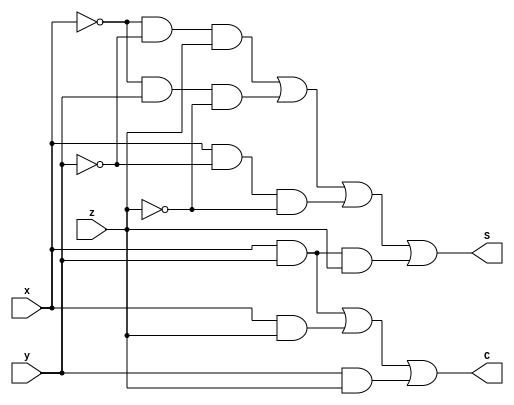
/*      Verilog   */

module Fulladder2(x, y, z, S, C);
	input	x, y, z;
	output	S, C;

	assign	S = (~x&~y&z)|(~x&y&~z)|(x&~y&~z)|(x&y&z);
	assign	C = (x&y)|(x&z)|(y&z);


endmodule